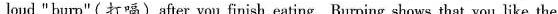
loud " burp"(打嗝)after you finish eating. Burping shows that you like the